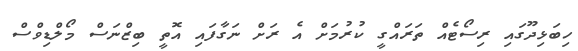
ހިބަޅިދޫގައި ރިސޯޓެއް ތަރައްގީ ކުރުމަށް އެ ރަށް ނަގާފައި އޮތީ ބިޒްނަސް މޯލްޑިވްސް